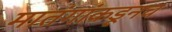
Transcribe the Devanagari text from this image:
मातंगांकडूनच